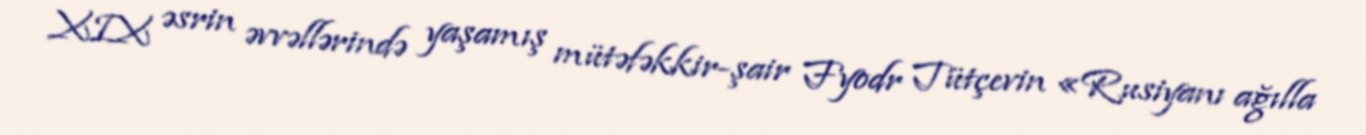
XIX əsrin əvvəllərində yaşamış mütəfəkkir-şair Fyodr Tütçevin «Rusiyanı ağılla